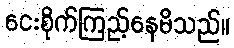
ငေးစိုက်ကြည့်နေမိသည်။